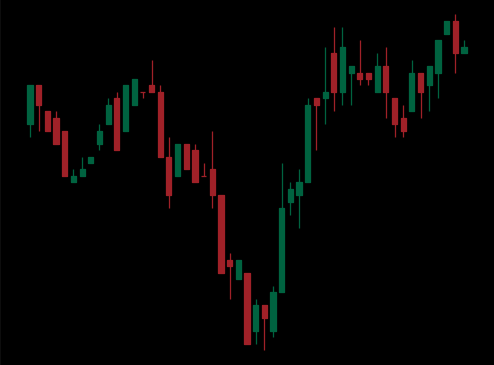
Pattern: inverse_head_shoulders